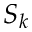
S _ { k }